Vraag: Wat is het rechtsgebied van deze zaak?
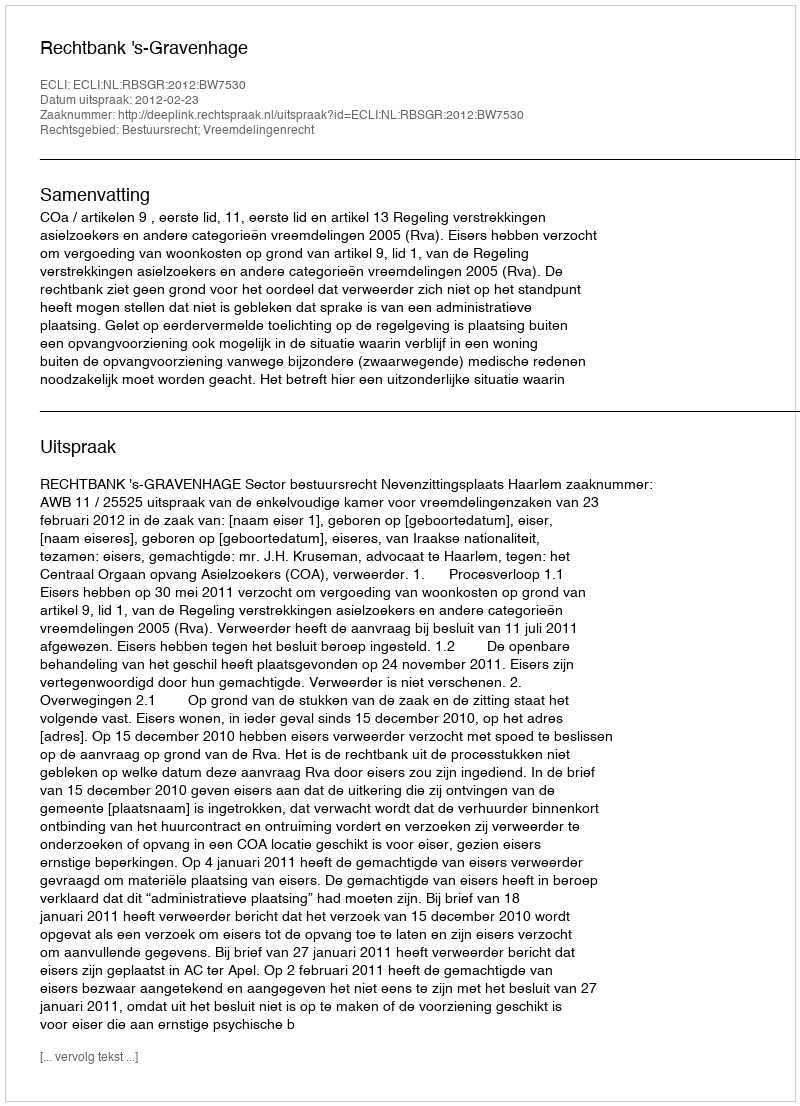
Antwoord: Bestuursrecht; Vreemdelingenrecht